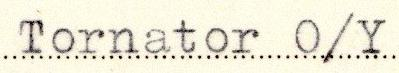
Tornator O/Y